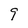
Character: g